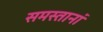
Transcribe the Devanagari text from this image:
समस्तानां